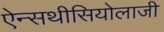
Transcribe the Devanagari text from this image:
ऐन्सथीसियोलाजी